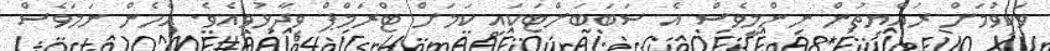
ވަކިވުމަށް ރައްޔިތުން ނިންމީވެސް އެ ސަބަބަށްޓަކައި ކަމަށް ޓްރަމްޕް ވިދާޅުވިއެވެ. އެހެން ނަމަވެސް